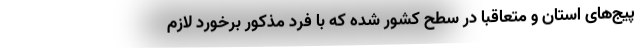
پیج‌های استان و متعاقبا در سطح کشور شده که با فرد مذکور برخورد لازم